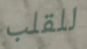
للقلب